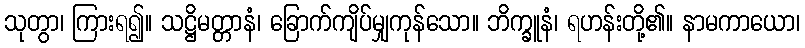
သုတွာ၊ ကြားရ၍။ သဋ္ဌိမတ္တာနံ၊ ခြောက်ကျိပ်မျှကုန်သော။ ဘိက္ခူနံ၊ ရဟန်းတို့၏။ နာမကာယော၊